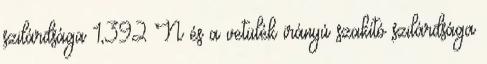
szilárdsága 1,392 N és a vetülék irányú szakító szilárdsága